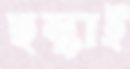
ছল্‌কাই